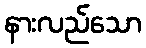
နားလည်သော